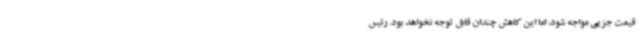
قیمت جزیی مواجه شود، اما این کاهش چندان قابل توجه نخواهد بود. رئیس